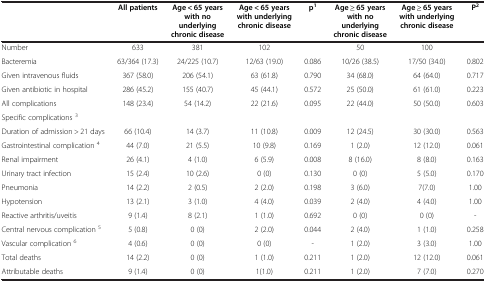
<table><thead><tr><td><b> </b></td><td><b>All patients</b></td><td><b>Age &lt; 65 years with no underlying chronic disease</b></td><td><b>Age &lt; 65 years with underlying chronic disease</b></td><td><b>p<sup>1</sup></b></td><td><b>Age ≥ 65 years with no underlying chronic disease</b></td><td><b>Age ≥ 65 years with underlying chronic disease</b></td><td><b>P<sup>2</sup></b></td></tr></thead><tbody><tr><td>Number</td><td>633</td><td>381</td><td>102</td><td> </td><td>50</td><td>100</td><td> </td></tr><tr><td>Bacteremia</td><td>63/364 (17.3)</td><td>24/225 (10.7)</td><td>12/63 (19.0)</td><td>0.086</td><td>10/26 (38.5)</td><td>17/50 (34.0)</td><td>0.802</td></tr><tr><td>Given intravenous fluids</td><td>367 (58.0)</td><td>206 (54.1)</td><td>63 (61.8)</td><td>0.790</td><td>34 (68.0)</td><td>64 (64.0)</td><td>0.717</td></tr><tr><td>Given antibiotic in hospital</td><td>286 (45.2)</td><td>155 (40.7)</td><td>45 (44.1)</td><td>0.572</td><td>25 (50.0)</td><td>61 (61.0)</td><td>0.223</td></tr><tr><td>All complications</td><td>148 (23.4)</td><td>54 (14.2)</td><td>22 (21.6)</td><td>0.095</td><td>22 (44.0)</td><td>50 (50.0)</td><td>0.603</td></tr><tr><td>Specific complications <sup>3</sup></td><td> </td><td> </td><td> </td><td> </td><td> </td><td> </td><td> </td></tr><tr><td>Duration of admission &gt; 21 days</td><td>66 (10.4)</td><td>14 (3.7)</td><td>11 (10.8)</td><td>0.009</td><td>12 (24.5)</td><td>30 (30.0)</td><td>0.563</td></tr><tr><td>Gastrointestinal complication <sup>4</sup></td><td>44 (7.0)</td><td>21 (5.5)</td><td>10 (9.8)</td><td>0.169</td><td>1 (2.0)</td><td>12 (12.0)</td><td>0.061</td></tr><tr><td>Renal impairment</td><td>26 (4.1)</td><td>4 (1.0)</td><td>6 (5.9)</td><td>0.008</td><td>8 (16.0)</td><td>8 (8.0)</td><td>0.163</td></tr><tr><td>Urinary tract infection</td><td>15 (2.4)</td><td>10 (2.6)</td><td>0 (0)</td><td>0.130</td><td>0 (0)</td><td>5 (5.0)</td><td>0.170</td></tr><tr><td>Pneumonia</td><td>14 (2.2)</td><td>2 (0.5)</td><td>2 (2.0)</td><td>0.198</td><td>3 (6.0)</td><td>7(7.0)</td><td>1.00</td></tr><tr><td>Hypotension</td><td>13 (2.1)</td><td>3 (1.0)</td><td>4 (4.0)</td><td>0.039</td><td>2 (4.0)</td><td>4 (4.0)</td><td>1.00</td></tr><tr><td>Reactive arthritis/uveitis</td><td>9 (1.4)</td><td>8 (2.1)</td><td>1 (1.0)</td><td>0.692</td><td>0 (0)</td><td>0 (0)</td><td>-</td></tr><tr><td>Central nervous complication<sup> 5</sup></td><td>5 (0.8)</td><td>0 (0)</td><td>2 (2.0)</td><td>0.044</td><td>2 (4.0)</td><td>1 (1.0)</td><td>0.258</td></tr><tr><td>Vascular complication<sup> 6</sup></td><td>4 (0.6)</td><td>0 (0)</td><td>0 (0)</td><td>-</td><td>1 (2.0)</td><td>3 (3.0)</td><td>1.00</td></tr><tr><td>Total deaths</td><td>14 (2.2)</td><td>0 (0)</td><td>1 (1.0)</td><td>0.211</td><td>1 (2.0)</td><td>12 (12.0)</td><td>0.061</td></tr><tr><td>Attributable deaths</td><td>9 (1.4)</td><td>0 (0)</td><td>1(1.0)</td><td>0.211</td><td>1 (2.0)</td><td>7 (7.0)</td><td>0.270</td></tr></tbody></table>